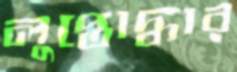
লুপ্তোদ্ধার